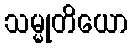
သမ္မုတိယော